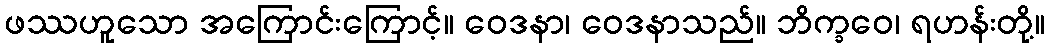
ဖဿဟူသော အကြောင်းကြောင့်။ ဝေဒနာ၊ ဝေဒနာသည်။ ဘိက္ခဝေ၊ ရဟန်းတို့။